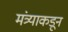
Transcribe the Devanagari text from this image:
मंत्र्याकडून